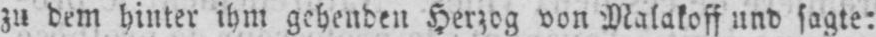
zu dem hinter ihm gehenden Herzog von Malakoff und sagte: